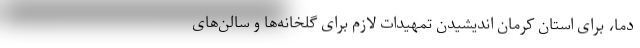
دما، برای استان کرمان اندیشیدن تمهیدات لازم برای گلخانه‌ها و سالن‌های